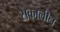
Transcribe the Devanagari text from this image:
सकालीन